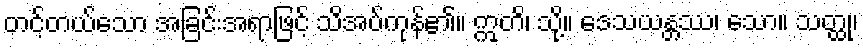
တင့်တယ်သော အခြင်းအရာဖြင့် သိအပ်ကုန်၏။ ဣတိ၊ သို့။ ဒေသယန္တဿ၊ သော။ သတ္ထု၊